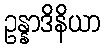
ဥန္နာဒိနိယာ